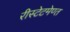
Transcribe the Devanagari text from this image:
रीस्टेटमेण्त